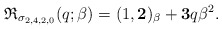
\begin{gather*}\mathfrak{R}_{\sigma_{2,4,2,0}}(q;\beta)= (1,{\bf 2})_{\beta}+ {\bf 3} q \beta^2.\end{gather*}